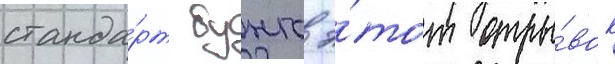
станда́рт бунго э́тот отры́вок